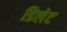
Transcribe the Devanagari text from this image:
डिलेट